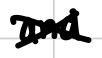
Text: and
Cross-out: mix
Writing tool: digital_black